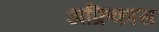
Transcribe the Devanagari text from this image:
अफ्रिकास